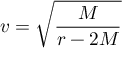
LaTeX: v = { \sqrt { \frac { M } { r - 2 M } } }